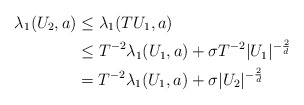
\begin{align*}\lambda_1(U_2,a) &\leq \lambda_1(TU_1,a) \\&\leq T^{-2}\lambda_1(U_1,a)+ \sigma T^{-2}|U_1|^{-\frac{2}{d}}\\&=T^{-2}\lambda_1(U_1,a)+ \sigma|U_2|^{-\frac{2}{d}} \end{align*}